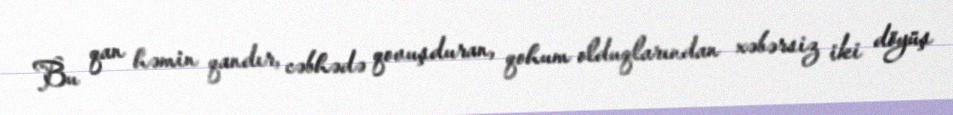
Bu qan həmin qandır, cəbhədə qovuşduran, qohum olduqlarından xəbərsiz iki döyüş